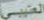
العتيبي